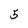
Character: 5